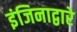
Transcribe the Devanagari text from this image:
इंजिनाद्वारे